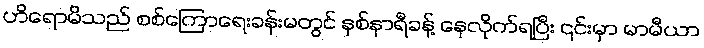
ဟိရောမိသည် စစ်ကြောရေးခန်းမတွင် နှစ်နာရီခန့် နေလိုက်ရပြီး ၎င်းမှာ မာမီယာ